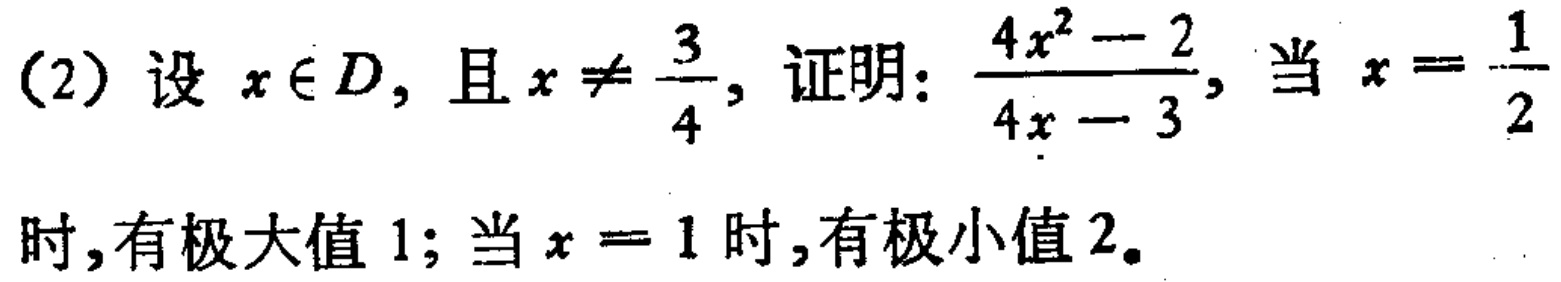
(2) 设 \(x\in D\)，且 \(x\neq\frac{3}{4}\)，证明：\(\frac{4x^{2}-2}{4x - 3}\)，当 \(x = \frac{1}{2}\) 时，有极大值 \(1\)；当 \(x = 1\) 时，有极小值 \(2\)。